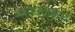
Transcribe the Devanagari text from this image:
बहाउलहक